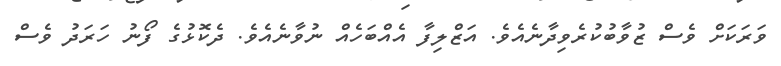
ވަރަކަށް ވެސް ޒުވާބުކުރެވިދާނެއެވެ. އަޒްލިފާ އެއްބަހެއް ނުވާނެއެވެ. ދެކޮޅުގެ ފޯނު ހަރަދު ވެސް